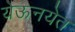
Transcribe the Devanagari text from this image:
येऊनयेत